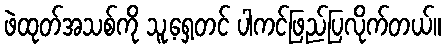
ဖဲထုတ်အသစ်ကို သူ့ရှေ့တင် ပါကင်ဖြည်ပြလိုက်တယ်။